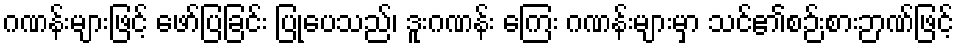
ဂဏန်းများဖြင့် ဖော်ပြခြင်း ပြုပေသည်၊ ဒူးဂဏန်း ကြေး ဂဏန်းများမှာ သင်၏စဉ်းစားဉာဏ်ဖြင့်